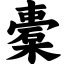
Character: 橐